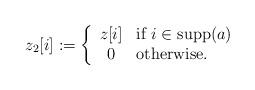
LaTeX: \begin{align*}z_2[i]:=\left\{\begin{array}{cl}z[i]&\mbox{if }i\in\operatorname{supp}(a)\\0&\mbox{otherwise.}\end{array}\right.\end{align*}